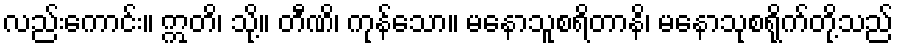
လည်းကောင်း။ ဣတိ၊ သို့။ တီဏိ၊ ကုန်သော။ မနောသူစရိတာနိ၊ မနောသုစရိုက်တို့သည်